Scottish Leaving Certificate Examination, 1958
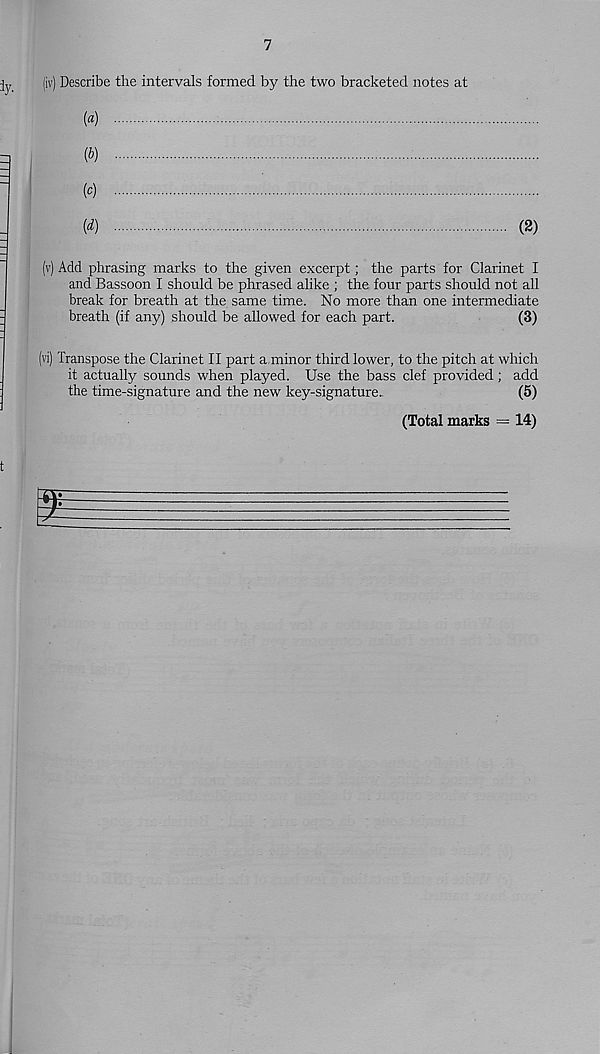
7
(iv) Describe the intervals formed by the two bracketed notes at
(«)
(b)
(c)
(d)
(2)
(v) Add phrasing marks to the given excerpt; the parts for Clarinet I
and Bassoon I should be phrased alike ; the four parts should not all
break for breath at the same time. No more than one intermediate
breath (if any) should be allowed for each part.
(3)
(vi) Transpose the Clarinet II part a,minor third lower, to the pitch at which
it actually sounds when played. Use the bass clef provided; add
the time-signature and the new key-signature..
(5)
(Total marks = 14)